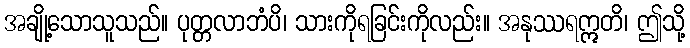
အချို့သောသူသည်။ ပုတ္တလာဘံပိ၊ သားကိုရခြင်းကိုလည်း။ အနုဿရဣတိ၊ ဤသို့